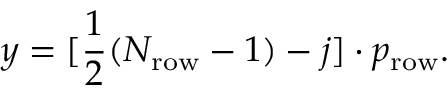
y = [ \frac { 1 } { 2 } ( N _ { \mathrm { r o w } } - 1 ) - j ] \cdot p _ { \mathrm { r o w } } .